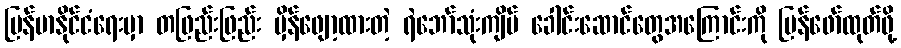
မြန်မာနိုင်ငံရေးမှာ တဖြည်းဖြည်း မှိန်ဖျော့ထားတဲ့ ရဲဘော်သုံးကျိပ် ခေါင်းဆောင်တွေအကြောင်းကို ပြန်ဖော်ထုတ်ဖို့